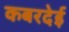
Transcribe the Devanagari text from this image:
कबरदेई